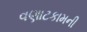
વણાટકામની